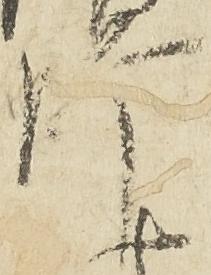
師